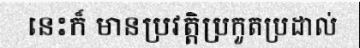
នេះក៏ មានប្រវត្តិប្រកួតប្រដាល់